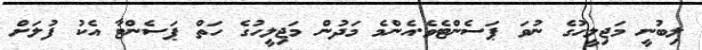
ލިބުނީ މަޖިލީހުގެ ނުވަ ޕަސެންޓެވެ.އެންމެ މަދުން މަޖިލީހުގެ ހަތް ޕަސެންޓާ އެކު ފުލަށް